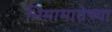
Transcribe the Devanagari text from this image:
भिमामातेच्या